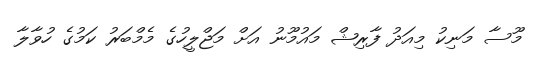
މޫސާ މަނިކު މިއަދު ފާރިޝް މައުމޫނު އަށް މަޖްލީހުގެ މެމްބަރު ކަމުގެ ހުވާލާ